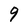
Character: 9